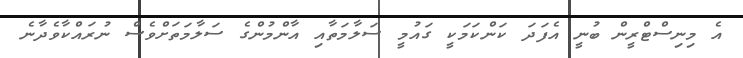
އެ މިނިސްޓްރީން ބުނީ އެފަދަ ކަންކަމަކީ ގައުމީ ސަލާމަތާއި އާންމުންގެ ސަލާމަތަށްވެސް ނުރައްކާވެދާނެ